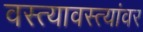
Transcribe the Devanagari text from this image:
वस्त्यावस्त्यांवर